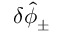
\delta \hat { \phi } _ { \pm }